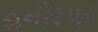
હમીરપર